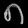
Digit: ၈